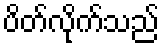
ပိတ်လိုက်သည်